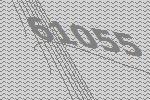
61055